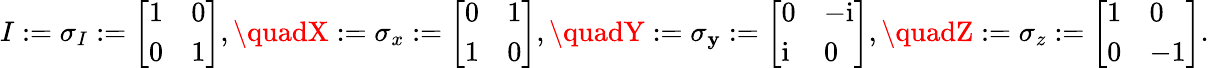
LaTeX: I:=\sigma_{I}:=\left[\begin{array}{ll}{1}&{0}\\ {0}&{1}\end{array}\right],\quadX:=\sigma_{x}:=\left[\begin{array}{ll}{0}&{1}\\ {1}&{0}\end{array}\right],\quadY:=\sigma_{\mathbf{y}}:=\left[\begin{array}{ll}{0}&{-\mathrm{i}}\\ {\mathrm{i}}&{0}\end{array}\right],\quadZ:=\sigma_{z}:=\left[\begin{array}{ll}{1}&{0}\\ {0}&{-1}\end{array}\right].